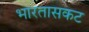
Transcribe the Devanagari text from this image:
भारतासकट